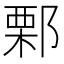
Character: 𨜼